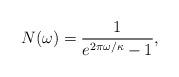
LaTeX: \begin{align*}N(\omega) = \frac{1}{e^{2 \pi \omega/\kappa} - 1},\end{align*}